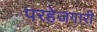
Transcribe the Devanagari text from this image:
परहेजगारी